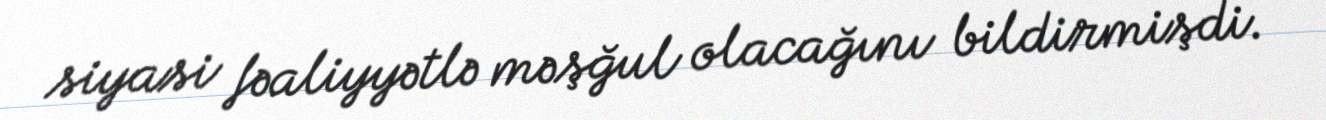
siyasi fəaliyyətlə məşğul olacağını bildirmişdi.